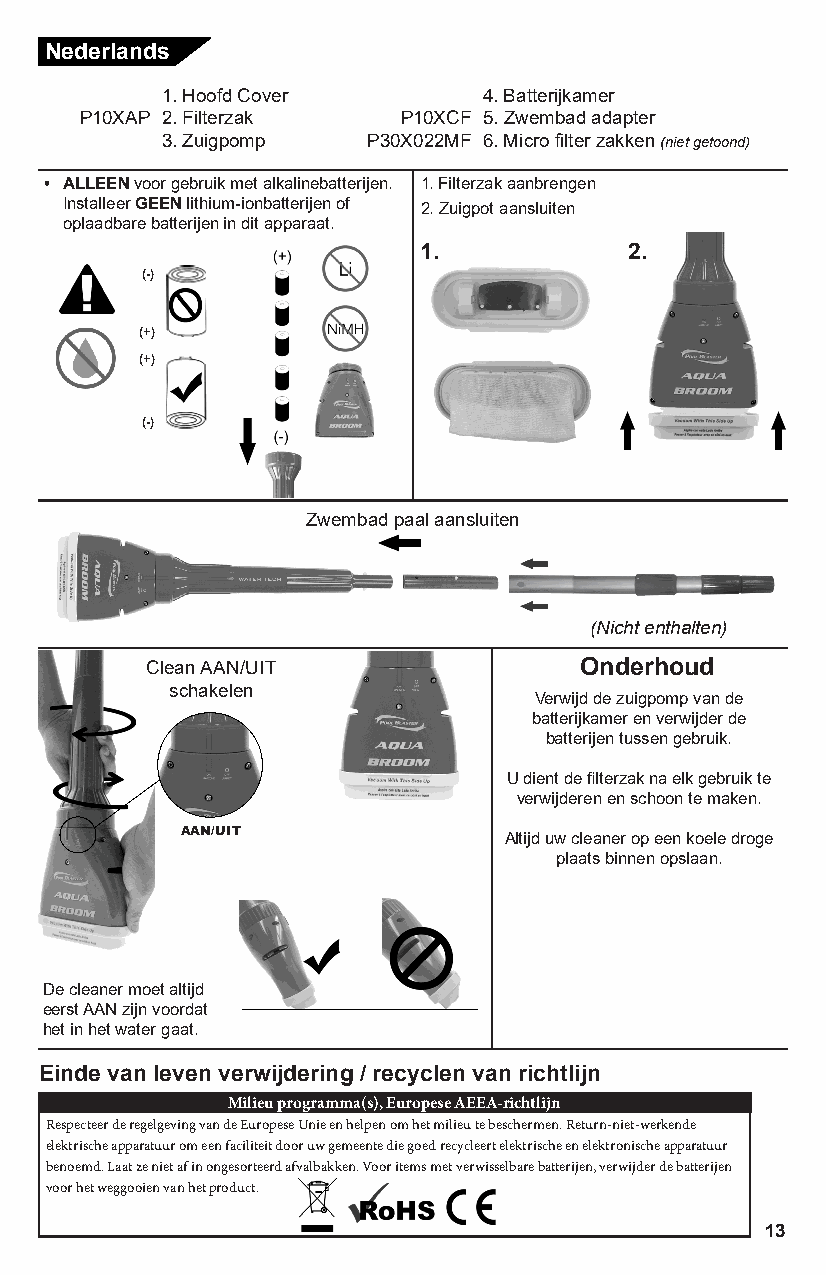
Nederlands
 1. Hoofd Cover       4. Batterijkamer
 P10XAP 2. Filterzak  P10XCF 5. Zwembad adapter
 3. Zuigpomp  P30X022MF 6. Micro filter zakken (niet getoond)
 • ALLEEN voor gebruik met alkalinebatterijen. 1. Filterzak aanbrengen
 Installeer GEEN lithium-ionbatterijen of 2. Zuigpot aansluiten
 oplaadbare batterijen in dit apparaat.
 1.            2.
 (-)
 (+)
 (+)
 (-)
 Zwembad paal aansluiten
 (Nicht enthalten)
 Clean AAN/UIT               Onderhoud
 schakelen
 Verwijd de zuigpomp van de
 batterijkamer en verwijder de
 batterijen tussen gebruik.
 U dient de filterzak na elk gebruik te
 verwijderen en schoon te maken.
 AAN/UIT              Altijd uw cleaner op een koele droge
 plaats binnen opslaan.
 De cleaner moet altijd
 eerst AAN zijn voordat
 het in het water gaat.
 Einde van leven verwijdering / recyclen van richtlijn
 Milieu programma(s), Europese AEEA-richtlijn
 Respecteer de regelgeving van de Europese Unie en helpen om het milieu te beschermen. Return-niet-werkende
 elektrische apparatuur om een faciliteit door uw gemeente die goed recycleert elektrische en elektronische apparatuur
 benoemd. Laat ze niet af in ongesorteerd afvalbakken. Voor items met verwisselbare batterijen, verwijder de batterijen
 voor het weggooien van het product.
 13